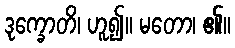
ဒုက္ခောတိ၊ ဟူ၍။ မတော၊ ၏။